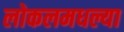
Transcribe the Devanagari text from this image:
लोकलमधल्या